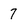
Character: 7